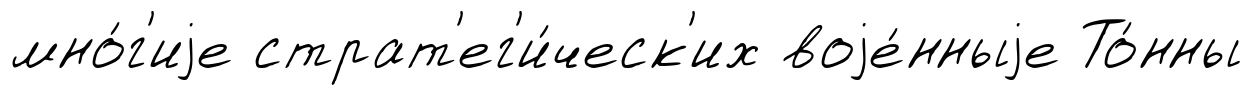
мно́г'иjе страт'ег'и́ческ'их воjе́нныjе То́нны